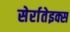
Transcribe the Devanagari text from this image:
सेर्रातेइक्स